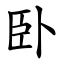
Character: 卧